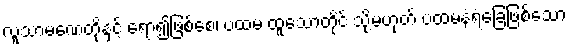
လူသာမဏေတို့နှင့် ရော၍ဖြစ်စေ၊ ပထမ ထူသောတိုင် သို့မဟုတ် ပထမနံရံခြေဖြစ်သော